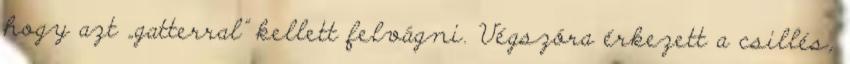
hogy azt „gatterral” kellett felvágni. Végszóra érkezett a csillés,